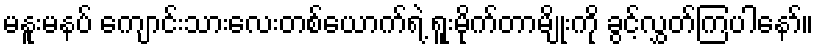
မနူးမနပ် ကျောင်းသားလေးတစ်ယောက်ရဲ့ ရူးမိုက်တာမျိုးကို ခွင့်လွှတ်ကြပါနော်။